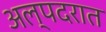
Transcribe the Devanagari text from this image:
अल्पदरात